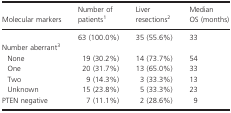
<table><thead><tr><td><b>Molecular markers</b></td><td><b>Number of patients1</b></td><td><b>Liver resections2</b></td><td><b>Median OS (months)</b></td></tr></thead><tbody><tr><td> </td><td>63 (100.0%)</td><td>35 (55.6%)</td><td>33</td></tr><tr><td colspan="4">Number aberrant3</td></tr><tr><td>None</td><td>19 (30.2%)</td><td>14 (73.7%)</td><td>54</td></tr><tr><td>One</td><td>20 (31.7%)</td><td>13 (65.0%)</td><td>33</td></tr><tr><td>Two</td><td>9 (14.3%)</td><td>3 (33.3%)</td><td>13</td></tr><tr><td>Unknown</td><td>15 (23.8%)</td><td>5 (33.3%)</td><td>23</td></tr><tr><td>PTEN negative</td><td>7 (11.1%)</td><td>2 (28.6%)</td><td>9</td></tr></tbody></table>